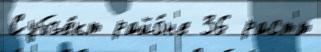
Субъе́кт райо́н'е 36 раст'́т